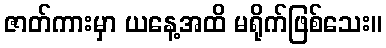
ဇာတ်ကားမှာ ယနေ့အထိ မရိုက်ဖြစ်သေး။